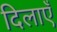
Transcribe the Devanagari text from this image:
दिलाएँ